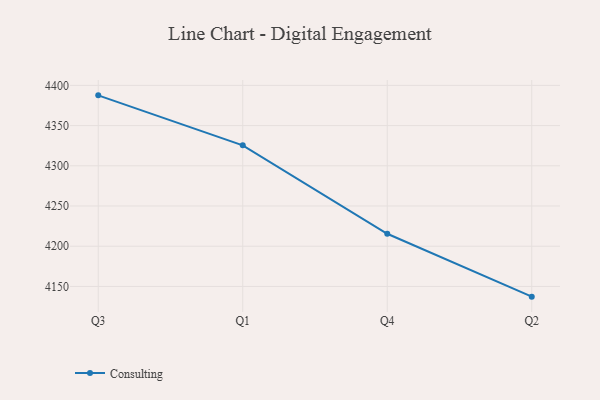
{"axis": {"x": "Quarter", "y": "Energy Usage (MWh)"}, "legend": ["Consulting"], "data": [{"x": "Q3", "y": 4387.6, "type": "Consulting"}, {"x": "Q1", "y": 4325.4, "type": "Consulting"}, {"x": "Q4", "y": 4215.5, "type": "Consulting"}, {"x": "Q2", "y": 4137.3, "type": "Consulting"}]}